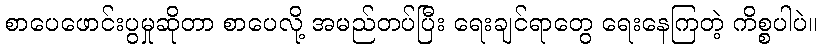
စာပေဖောင်းပွမှုဆိုတာ စာပေလို့ အမည်တပ်ပြီး ရေးချင်ရာတွေ ရေးနေကြတဲ့ ကိစ္စပါပဲ။